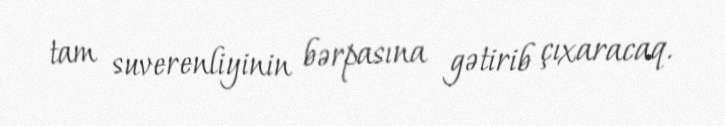
tam suverenliyinin bərpasına gətirib çıxaracaq.